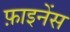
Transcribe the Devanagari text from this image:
फ़ाइनेंस